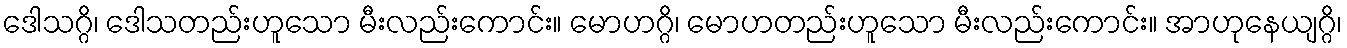
ဒေါသဂ္ဂိ၊ ဒေါသတည်းဟူသော မီးလည်းကောင်း။ မောဟဂ္ဂိ၊ မောဟတည်းဟူသော မီးလည်းကောင်း။ အာဟုနေယျဂ္ဂိ၊